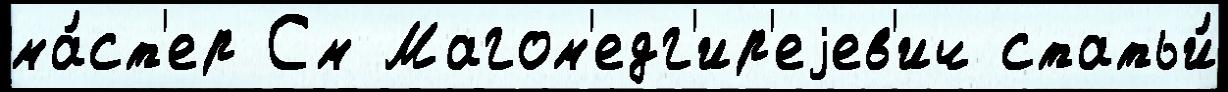
ма́ст'ер См Магом'едг'ир'еjев'ич статьи́